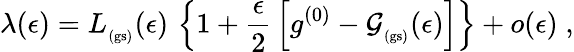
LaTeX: \lambda(\epsilon)=L_{_\mathrm{(gs)}}(\epsilon)\, \left\{ 1+\frac{\epsilon}{2}\, \left[g^{(0)}-{\mathcal G}_{_\mathrm{(gs)}}(\epsilon)\right]\right\} +o(\epsilon)\; ,